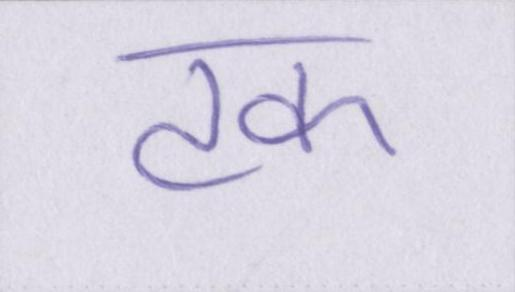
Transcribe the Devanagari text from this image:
टक